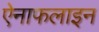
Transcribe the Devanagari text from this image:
ऐनाफलाइन